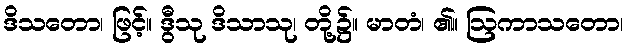
ဒိသတော၊ ဖြင့်။ ဒွီသု ဒိသာသု၊ တို့၌။ မာတံ၊ ၏။ ဩကာသတော၊